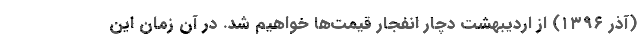
(آذر ۱۳۹۶) از اردیبهشت دچار انفجار قیمت‌ها خواهیم شد. در آن زمان این